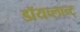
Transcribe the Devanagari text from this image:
डॉयच्लान्ट्